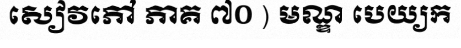
សៀវភៅ ភាគ ៧០ ) មណ្ឌ បេយ្យក